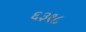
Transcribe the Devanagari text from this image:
६३१८